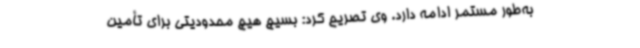
به‌طور مستمر ادامه دارد. وی تصریح کرد: بسیج هیچ محدودیتی برای تأمین